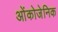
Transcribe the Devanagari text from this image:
ओंकोजेनिक